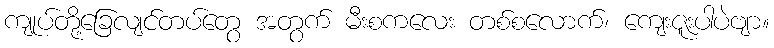
ကျုပ်တို့ခြေလျင်တပ်တွေ အတွက် မီးစကလေး တစ်စလောက်၊ ကျေးဇူးပါပဲဗျာ။